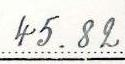
45.82